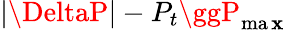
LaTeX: |\DeltaP|-P_{t}\ggP_{\operatorname*{ma\mathbf{x}}}